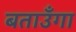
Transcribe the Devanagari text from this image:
बताउँगा